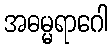
အဓမ္မရာဂေါ